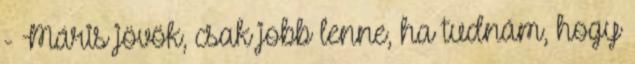
- Máris jövök, csak jobb lenne, ha tudnám, hogy